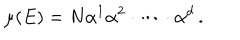
\mu ( E ) = N \alpha ^ { 1 } \alpha ^ { 2 } \cdot \dots \cdot \alpha ^ { d } \, .